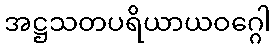
အဋ္ဌသတပရိယာယဝဂ္ဂေါ